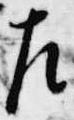
左